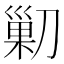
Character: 𠞰